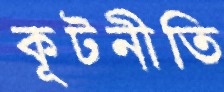
কূটনীতি